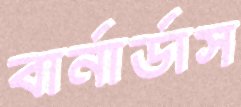
বার্নার্ডাস